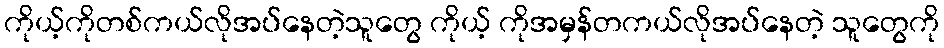
ကိုယ့်ကိုတစ်ကယ်လိုအပ်နေတဲ့သူတွေ ကိုယ့် ကိုအမှန်တကယ်လိုအပ်နေတဲ့ သူတွေကို